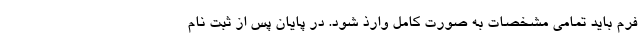
فرم باید تمامی مشخصات به صورت کامل وارذ شود. در پایان پس از ثبت نام